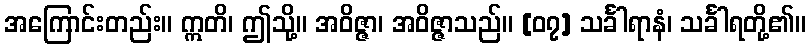
အကြောင်းတည်း။ ဣတိ၊ ဤသို့။ အဝိဇ္ဇာ၊ အဝိဇ္ဇာသည်။ [၀၇] သင်္ခါရာနံ၊ သင်္ခါရတို့၏။